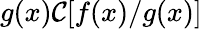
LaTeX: g(x)\mathcal{C}[f(x)/g(x)]